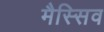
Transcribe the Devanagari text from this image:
मैस्सिव